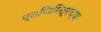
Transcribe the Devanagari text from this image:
प्राणिमित्रांच्या